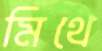
মিথে